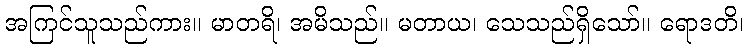
အကြင်သူသည်ကား။ မာတရိ၊ အမိသည်။ မတာယ၊ သေသည်ရှိသော်။ ရောဒတိ၊